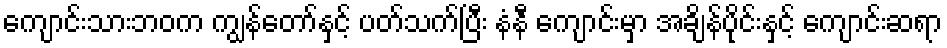
ကျောင်းသားဘဝက ကျွန်တော်နှင့် ပတ်သက်ပြီး နံနီ ကျောင်းမှာ အချိန်ပိုင်းနှင့် ကျောင်းဆရာ